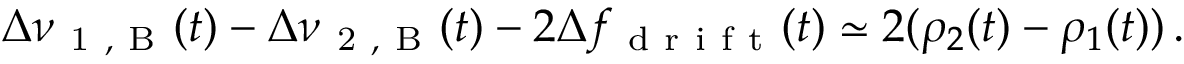
\Delta \nu _ { \mathrm { ~ 1 ~ , ~ B ~ } } ( t ) - \Delta \nu _ { \mathrm { ~ 2 ~ , ~ B ~ } } ( t ) - 2 \Delta f _ { \mathrm { ~ d ~ r ~ i ~ f ~ t ~ } } ( t ) \simeq 2 ( \rho _ { 2 } ( t ) - \rho _ { 1 } ( t ) ) \, .